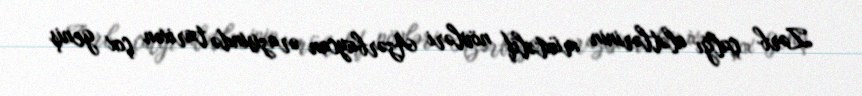
Zərb çalğı alətlərinin müxtəlif növləri Azərbaycan ərazisində tarixən çox geniş